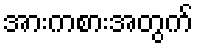
အားကစားအတွက်